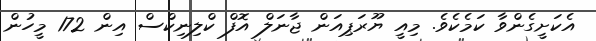
އެކަށީގެންވާ ކަމެކެވެ. މިއީ ޔޫރަޕިއަން ޖާނަލް އޮފް ކްލިނިކްސް އިން 172 މީހުން